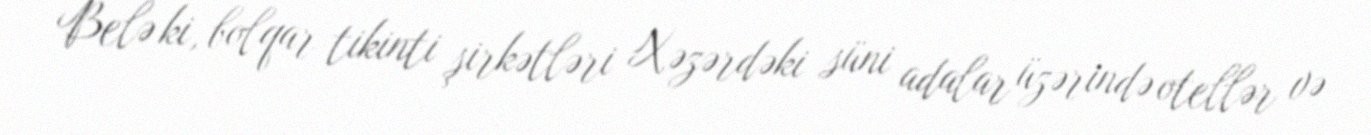
Belə ki, bolqar tikinti şirkətləri Xəzərdəki süni adalar üzərində otellər və